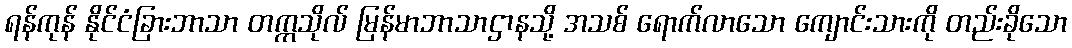
ရန်ကုန် နိုင်ငံခြားဘာသာ တက္ကသိုလ် မြန်မာဘာသာဌာနသို့ အသစ် ရောက်လာသော ကျောင်းသားကို တည်းခိုသော